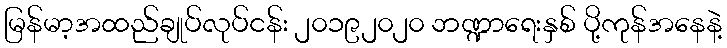
မြန်မာ့အထည်ချုပ်လုပ်ငန်း ၂၀၁၉၂၀၂၀ ဘဏ္ဍာရေးနှစ် ပို့ကုန်အနေနဲ့